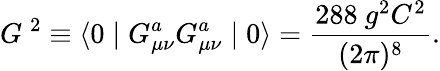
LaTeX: G\ ^{2}\equiv\langle 0\mid G_{\mu\nu}^{a}G_{\mu\nu}^{a}\mid 0\rangle=\frac{288\ g^{2}C^{2}}{(2\pi)^{8}}.